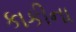
કાકીના